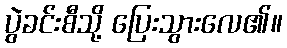
ပွဲခင်းစီသို့ ပြေးသွားလေ၏။